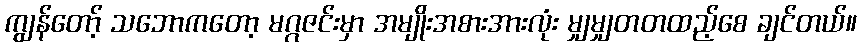
ကျွန်တော့် သဘောကတော့ မဂ္ဂဇင်းမှာ အမျိုးအစားအားလုံး မျှမျှတတထည့်စေ ချင်တယ်။